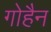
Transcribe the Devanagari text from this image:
गोहैन